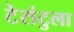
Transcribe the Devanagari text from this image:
टेरांटुला